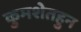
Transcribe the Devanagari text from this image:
कुमशेतहुन